Lunatic asylums in Bengal annual reports 1899-1911 - 1899-1911
Year: 1899
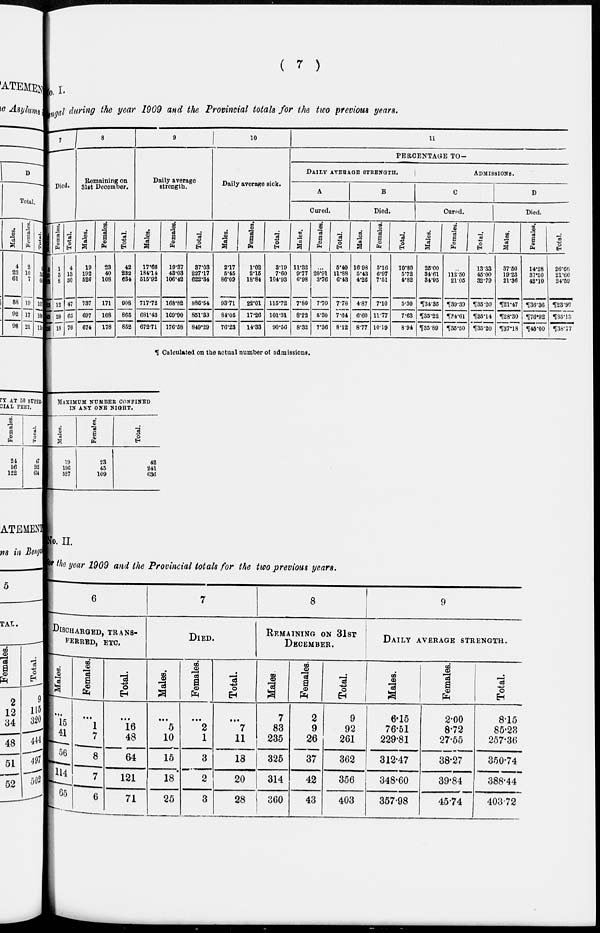
( 7 )
No. I.
Bengal during the year 1909 and the Provincial totals for the two previous years.
7
Died.
Males.
3
10
22
35
45
58
Females.
1
3
8
12
20
18
Total.
4
13
30
47
65
76
8
Remaining on
31st December.
Males.
19
192
526
737
697
674
Females.
23
40
108
171
168
178
Total.
42
232
634
908
865
852
9
Daily average
strength.
Males.
17.66
184.14
515.92
717.72
681.43
672.71
Females.
19.37
43.03
106.42
168.82
169.90
176.58
Total.
37.03
227.17
622.34
886.54
851.33
849.29
10
Daily average sick.
Males.
2.17
5.45
86.09
93.71
81.05
76.23
Females.
1.02
2.15
18.84
22.01
17.26
14.33
Total.
3.19
7.60
104.93
115.72
101.31
90.56
11
PERCENTAGE TO.
DAILY AVERAGE STRENGTH.
A
Cured.
Males.
11.32
9.77
6.98
7.80
8.22
8.32
Females.
...
20.91
3.76
7.70
5.30
7.36
Total.
5.40
11.88
6.43
7.78
7.64
8.12
B
Died.
Males.
16.98
5.43
4.26
4.87
6.60
8.77
Females.
5.16
6.97
7.51
7.10
11.77
10.19
Total.
10.80
5.72
4.82
5.30
7.63
8.94
ADMISSIONS.
C
Cured.
Males.
25.00
34.61
31.95
¶34.35
¶35.22
¶35.89
Females.
...
112.50
21.05
¶39.39
¶34.61
¶35.50
Total.
13.33
45.00
32.79
¶35.20
¶35.14
¶35.20
D
Died.
Males.
37.50
19.23
21.36
¶21.47
¶28.30
¶37.18
Females.
14.28
37.50
42.10
¶36.36
¶92
¶45.00
Total.
26.66
21.66
24.59
¶23.97
¶35.13
¶38.77
¶ Calculated on the actual number of admissions.
MAXIMUM NUMBER CONFINED
IN ANY ONE NIGHT.
Males.
19
196
527
Females.
23
45
109
Total.
42
241
636
No. II.
for the year 1909 and the Provincial totals for the two previous years.
6
DISCHARGED, TRENS-
------, ETC.
Males.
...
15
41
56
114
65
Females.
...
1
7
8
7
6
Total.
...
16
48
64
121
71
7
DIED.
Males.
...
5
10
15
18
25
Females.
...
2
1
3
2
3
Total.
...
7
11
18
20
28
8
REMAINING ON 31ST
DECEMBER.
Males.
7
83
235
325
314
360
Females.
2
9
26
37
42
43
Total.
9
92
261
362
356
403
9
DAILY AVERAGE STRENGTH.
Males.
6.15
76.51
229.81
312.47
348.60
357.98
Females.
2.00
8.72
27.55
38.27
39.84
45.74
Total.
8.15
85.23
257.36
350.74
388.44
403.72